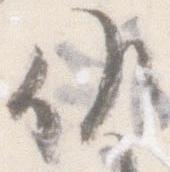
候